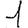
Digit: 1